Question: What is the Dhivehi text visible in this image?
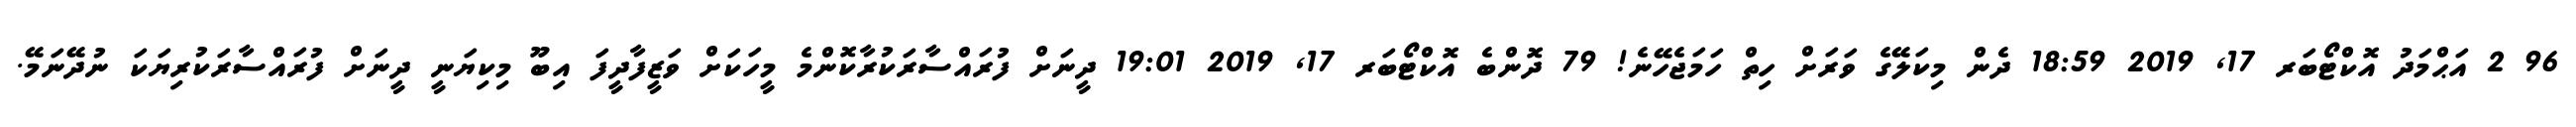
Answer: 96 2 އަޙްމަދު އޮކްޓޯބަރ 17, 2019 18:59 ދެން މިކަލޭގެ ވަރަށް ހިތް ހަމަޖެހޭނެ! 79 ދޮންބެ އޮކްޓޯބަރ 17, 2019 19:01 ދީނަށް ފުރައްސާރަކުރާކޮންމެ މީހަކަށް ވަޒީފާދީފަ އިބޫ މިކިޔަނީ ދީނަށް ފުރައްސާރަކުރިޔަކަ ނުދޭނަމޭ.